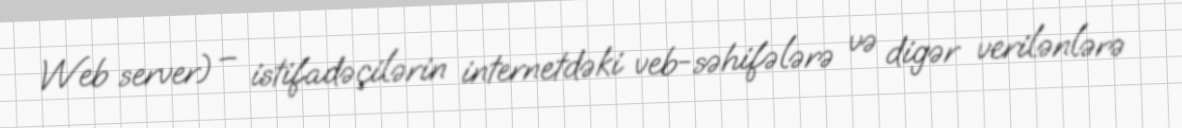
Web server) – istifadəçilərin internetdəki veb-səhifələrə və digər verilənlərə